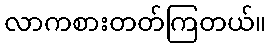
လာကစားတတ်ကြတယ်။